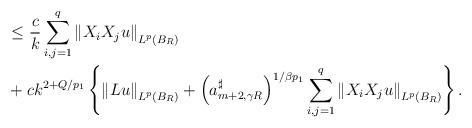
LaTeX: \begin{align*}& \leq\frac{c}{k}\sum_{i,j=1}^{q}\left\Vert X_{i}X_{j}u\right\Vert_{L^{p}\left( B_{R}\right) }\\& +ck^{2+Q/p_{1}}\left\{ \left\Vert Lu\right\Vert _{L^{p}\left(B_{R}\right) }+\left( a_{m+2,\gamma R}^{\sharp}\right) ^{1/\beta p_{1}}\sum_{i,j=1}^{q}\left\Vert X_{i}X_{j}u\right\Vert _{L^{p}\left( B_{R}\right)}\right\} .\end{align*}